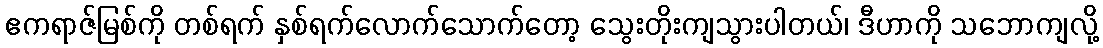
ဧကရာဇ်မြစ်ကို တစ်ရက် နှစ်ရက်လောက်သောက်တော့ သွေးတိုးကျသွားပါတယ်၊ ဒီဟာကို သဘောကျလို့